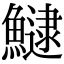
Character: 𩻸